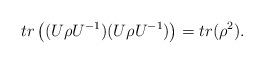
LaTeX: \begin{align*}tr\left( (U \rho U^{-1}) (U \rho U^{-1})\right) = tr(\rho ^{2}).\end{align*}